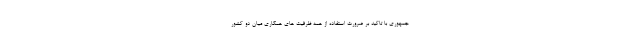
جمهوری با تاکید بر ضرورت استفاده از همه ظرفیت های همکاری میان دو کشور